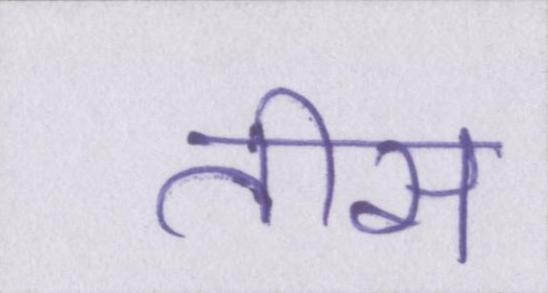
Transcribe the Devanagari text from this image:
तीस